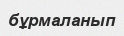
бұрмаланып